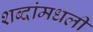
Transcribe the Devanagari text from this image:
शब्दांमधली